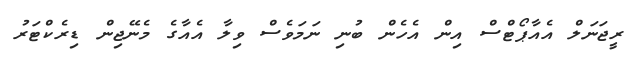
ރީޖަނަލް އެއާޕޯޓްސް އިން އެހެން ބުނި ނަމަވެސް ވިލާ އެއާގެ މެނޭޖިން ޑިރެކްޓަރު